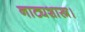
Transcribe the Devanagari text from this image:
नाट्यशास्त्र।